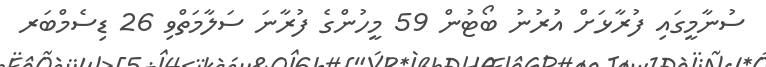
ސުނާމީގައި ފުރާޅަށް އުރުނު ބޯޓުން 59 މީހުންގެ ފުރާނަ ސަލާމަތްވި 26 ޑިސެމްބަރ